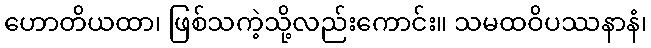
ဟောတိယထာ၊ ဖြစ်သကဲ့သို့လည်းကောင်း။ သမထဝိပဿနာနံ၊